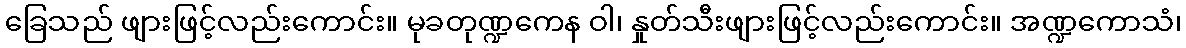
ခြေသည် ဖျားဖြင့်လည်းကောင်း။ မုခတုဏ္ဍကေန ဝါ၊ နှုတ်သီးဖျားဖြင့်လည်းကောင်း။ အဏ္ဍကောသံ၊